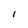
Character: l